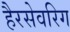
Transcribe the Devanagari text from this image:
हैरसेवरिग